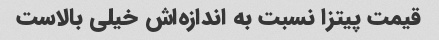
قیمت پیتزا نسبت به اندازه‌اش خیلی بالاست